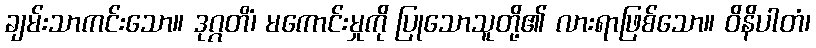
ချမ်းသာကင်းသော။ ဒုဂ္ဂတိံ၊ မကောင်းမှုကို ပြုသောသူတို့၏ လားရာဖြစ်သော။ ဝိနိပါတံ၊